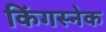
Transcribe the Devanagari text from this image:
किंगस्नेक